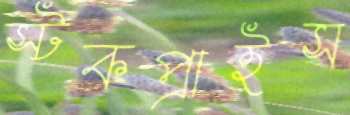
স্টকপ্রাইস